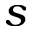
s